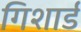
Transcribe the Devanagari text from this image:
गिशार्ड